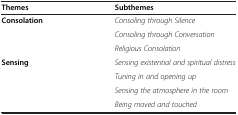
<table><thead><tr><td><b>Themes</b></td><td><b>Subthemes</b></td></tr></thead><tbody><tr><td rowspan="3"><b>Consolation</b></td><td><i>Consoling through Silence</i></td></tr><tr><td><i>Consoling through Conversation</i></td></tr><tr><td><i>Religious Consolation</i></td></tr><tr><td rowspan="4"><b>Sensing</b></td><td><i>Sensing existential and spiritual distress</i></td></tr><tr><td><i>Tuning in and opening up</i></td></tr><tr><td><i>Sensing the atmosphere in the room</i></td></tr><tr><td><i>Being moved and touched</i></td></tr></tbody></table>